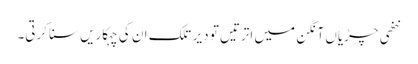
ننھی چڑیاں آنگن میں اترتیں تو دیر تلک ان کی چہکاریں سنا کرتی۔